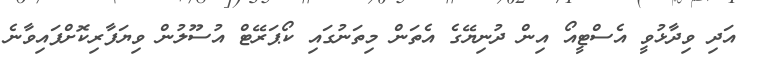
އަދި ވިދާޅުވީ އެސްޓީއޯ އިން ދުނިޔޭގެ އެތަން މިތަނުގައި ކޯޕަރޭޓް އުސޫލުން ވިޔަފާރިކޮށްފައިވާނެ